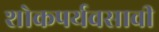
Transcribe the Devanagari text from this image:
शोकपर्यवसावी